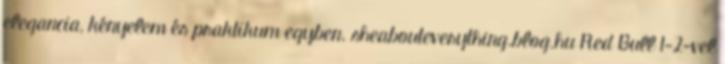
elegancia, kényelem és praktikum egyben. sheabouteverything.blog.hu Red Bull 1-2-vel